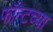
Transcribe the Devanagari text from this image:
फॉन्टच्या